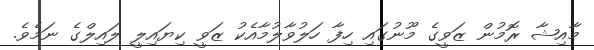
މާއިޝާ ރޮމުން ޒަވީގެ މޫނުގައި ހިފާ ހަލުވާލުމާއެކު ޒަވީ ކިޔައިލީ ލައިލްގެ ނަމެވެ.